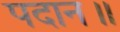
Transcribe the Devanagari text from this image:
पदान॥